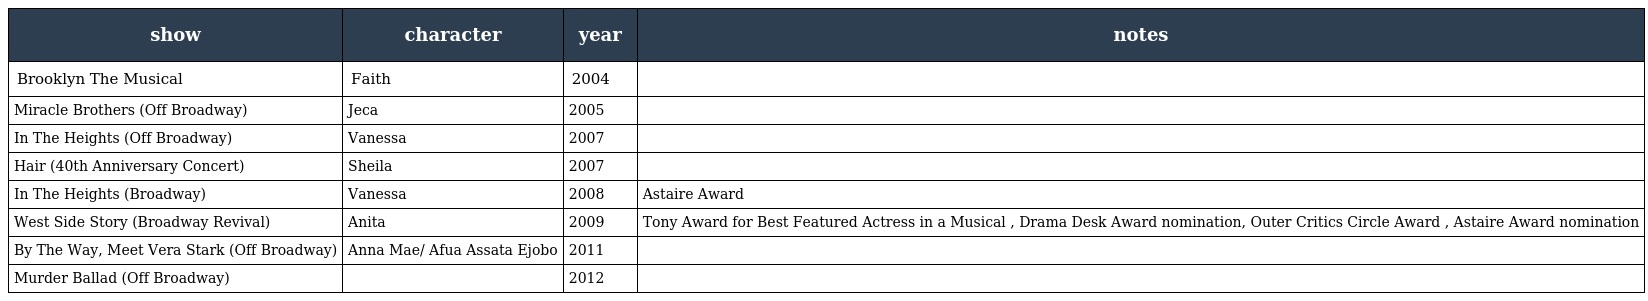
| show | character | year | notes |
 | --- | --- | --- | --- |
 | Brooklyn The Musical | Faith | 2004 |  |
 | Miracle Brothers (Off Broadway) | Jeca | 2005 |  |
 | In The Heights (Off Broadway) | Vanessa | 2007 |  |
 | Hair (40th Anniversary Concert) | Sheila | 2007 |  |
 | In The Heights (Broadway) | Vanessa | 2008 | Astaire Award |
 | West Side Story (Broadway Revival) | Anita | 2009 | Tony Award for Best Featured Actress in a Musical , Drama Desk Award nomination, Outer Critics Circle Award , Astaire Award nomination |
 | By The Way, Meet Vera Stark (Off Broadway) | Anna Mae/ Afua Assata Ejobo | 2011 |  |
 | Murder Ballad (Off Broadway) |  | 2012 |  |